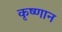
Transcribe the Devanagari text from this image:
कृष्णान